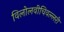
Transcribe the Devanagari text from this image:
विलोलवीचिवल्लरी